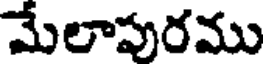
మేలాపురము